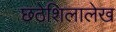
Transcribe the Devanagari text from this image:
छठेशिलालेख